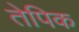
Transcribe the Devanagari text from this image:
तेपिक